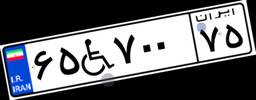
۶۵W۷۰۰۷۵